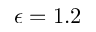
\epsilon = 1 . 2